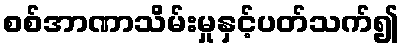
စစ်အာဏာသိမ်းမှုနှင့်ပတ်သက်၍